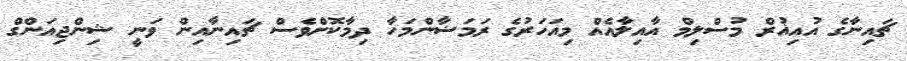
ޗައިނާގެ އުއިޣުރް މުސްލިމް އާއިލާއެއް މިއަހަރުގެ ރަމަޟާންމަހާ ދިމާކޮށްވެސް ޗައިނާއިން ވަނީ ޝިންޖިއަންގް